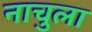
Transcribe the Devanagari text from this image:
नाचुला